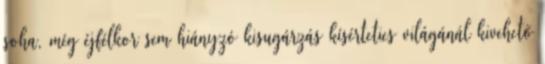
soha, még éjfélkor sem hiányzó kisugárzás kísérteties világánál kivehető